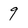
Character: 9